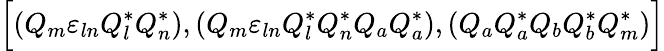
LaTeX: \Bigr[(Q_{m}{\varepsilon}_{ln}Q_{l}^{*}Q_{n}^{*}),(Q_{m}{\varepsilon}_{ln}Q_{l}^{*}Q_{n}^{*}Q_{a}Q_{a}^{*}),(Q_{a}Q_{a}^{*}Q_{b}Q_{b}^{*}Q_{m}^{*})\Bigl]